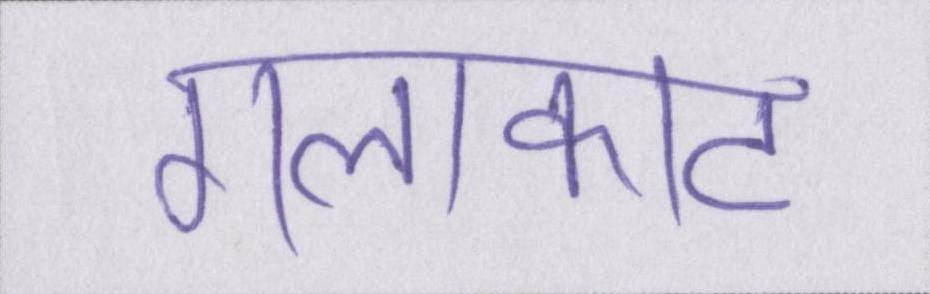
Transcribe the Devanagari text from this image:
गलाकाट